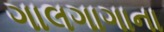
ગાલગાગાના